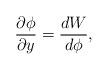
LaTeX: \begin{align*}\frac{\partial \phi}{\partial y} = \frac{dW}{d\phi} ,\end{align*}